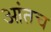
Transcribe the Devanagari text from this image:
आंतच